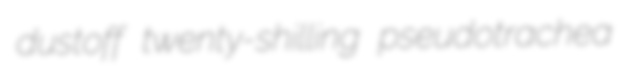
dustoff twenty-shilling pseudotrachea